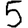
Digit: 5